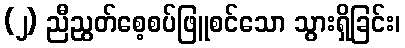
(၂) ညီညွတ်စေ့စပ်ဖြူစင်သော သွားရှိခြင်း၊